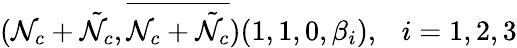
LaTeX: (\mathcal{N}_{c}+\tilde{{\mathcal{N}}}_{c},\overline{{{{\mathcal{N}_{c}+\tilde{{\mathcal{N}}}_{c}}}}})(1,1,0,\beta_{i}),\ \ \ i=1,2,3